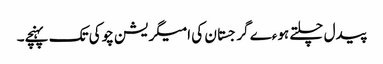
پیدل چلتے ہوءے گرجستان کی امیگریشن چوکی تک پہنچے۔